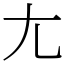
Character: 尢